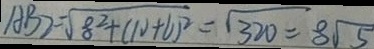
A B Z = \sqrt { 8 ^ { 2 } + ( 1 0 + 6 ) ^ { 2 } } = \sqrt { 3 2 0 } = 8 \sqrt { 5 }